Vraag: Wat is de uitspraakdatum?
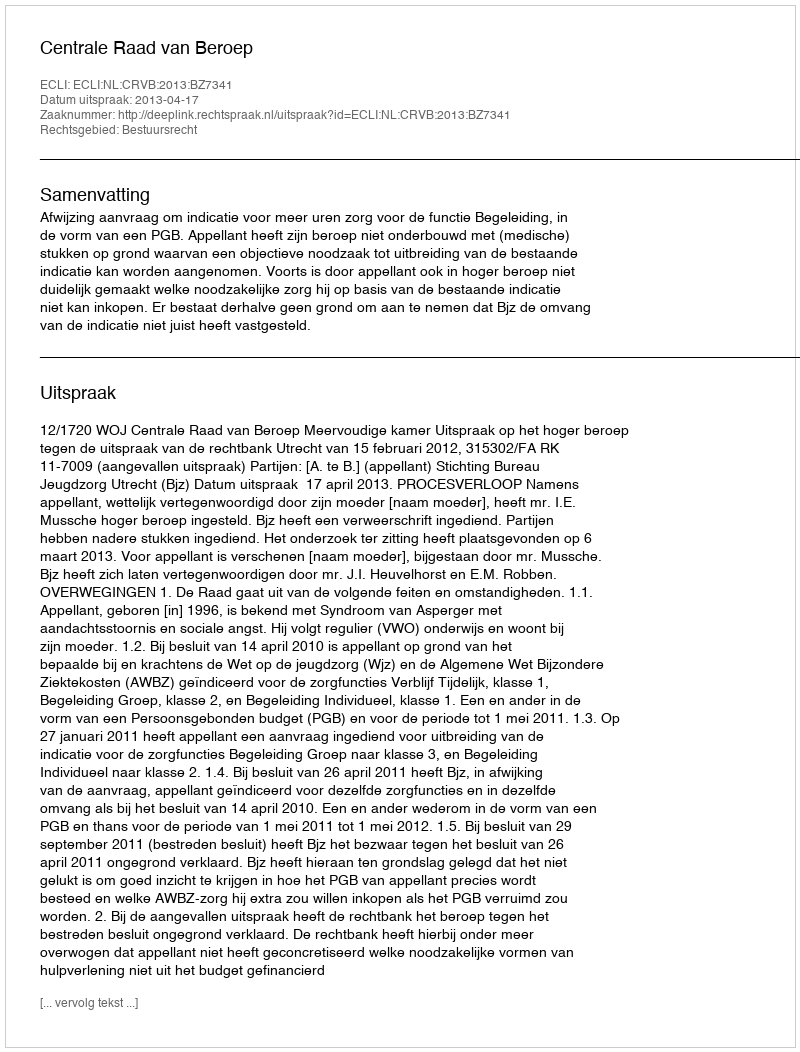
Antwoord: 2013-04-17